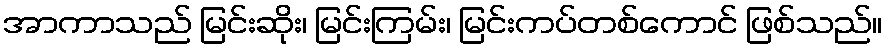
အာကာသည် မြင်းဆိုး၊ မြင်းကြမ်း၊ မြင်းကပ်တစ်ကောင် ဖြစ်သည်။